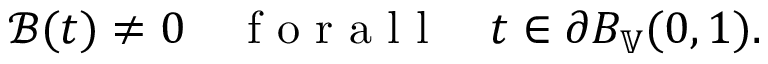
\mathcal { B } ( t ) \neq 0 \quad \mathrm { ~ f ~ o ~ r ~ a ~ l ~ l ~ } \quad t \in \partial B _ { \mathbb { V } } ( 0 , 1 ) .